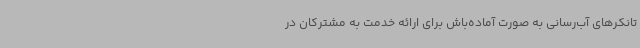
تانکرهای آب‌رسانی به صورت آماده‌باش برای ارائه خدمت به مشترکان در